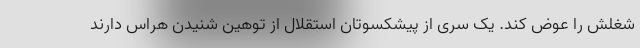
شغلش را عوض کند. یک سری از پیشکسوتان استقلال از توهین شنیدن هراس دارند